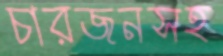
চারজনসহ